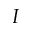
I